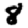
Digit: 8